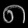
Digit: ၈